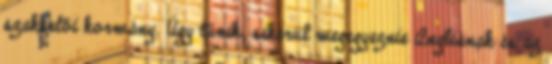
szakértői kormány. Úgy tűnik, sikerül megegyeznie Angliának és az